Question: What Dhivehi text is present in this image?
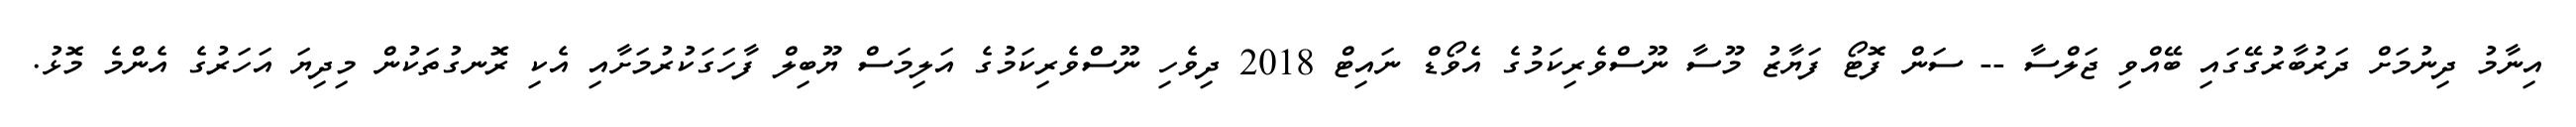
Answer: އިނާމު ދިނުމަށް ދަރުބާރުގޭގައި ބޭއްވި ޖަލްސާ -- ސަން ފޮޓޯ ފަޔާޒު މޫސާ ނޫސްވެރިކަމުގެ އެވޯޑް ނައިޓް 2018 ދިވެހި ނޫސްވެރިކަމުގެ އަލިމަސް ޔޫބިލް ފާހަގަކުރުމަށާއި އެކި ރޮނގުތަކުން މިދިޔަ އަހަރުގެ އެންމެ މޮޅު.